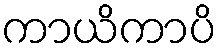
ကာယိကာပိ